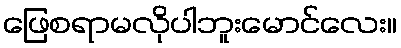
ဖြေစရာမလိုပါဘူးမောင်လေး။